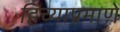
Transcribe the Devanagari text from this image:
हिच्याप्रमाणे